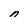
Character: n